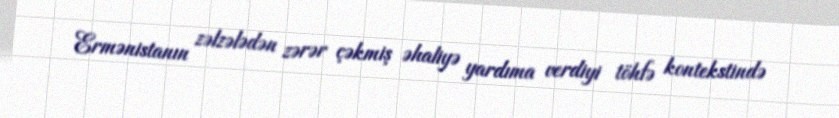
Ermənistanın zəlzələdən zərər çəkmiş əhaliyə yardıma verdiyi töhfə kontekstində